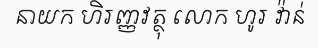
នាយក ហិរញ្ញវត្ថុ លោក ហូរ វ៉ាន់